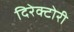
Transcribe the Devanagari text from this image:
दिरेक्टोरी